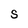
Character: S